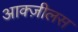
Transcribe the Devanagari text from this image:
आक्ज़ीलस